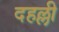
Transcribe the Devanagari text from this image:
दहल्ली